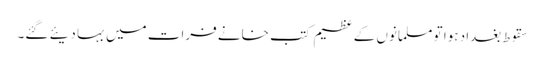
سقوطِ بغداد ہوا تو مسلمانوں کے عظیم کتب خانے فرات میں بہا دیئے گئے۔